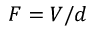
F = V / d